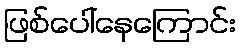
ဖြစ်ပေါ်နေကြောင်း